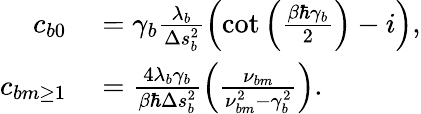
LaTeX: \begin{array}{rl}{c_{b0}}&{{}=\gamma_{b}\frac{\lambda_{b}}{\Delta s_{b}^{2}}\left(\cot\left(\frac{\beta\hbar\gamma_{b}}{2}\right)-i\right),}\\ {c_{bm\ge 1}}&{{}=\frac{4\lambda_{b}\gamma_{b}}{\beta\hbar\Delta s_{b}^{2}}\left(\frac{\nu_{bm}}{\nu_{bm}^{2}-\gamma_{b}^{2}}\right).}\end{array}